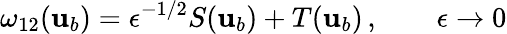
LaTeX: \omega_{12}({\mathbf{u}}_{b})=\epsilon^{-1/2}S({\mathbf{u}}_{b})+T({\mathbf{u}}_{b})\, ,\qquad\epsilon\to 0